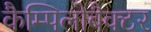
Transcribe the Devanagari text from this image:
कैम्पिलोबैक्टर